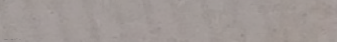
صيدلية الصفا: دوائكم ومست